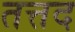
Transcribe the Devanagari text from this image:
तत्तद